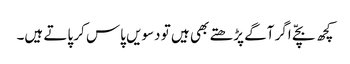
کچھ بچّے اگر آگے پڑھتے بھی ہیں تو دسویں پاس کر پاتے ہیں۔